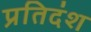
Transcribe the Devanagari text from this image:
प्रतिदंश